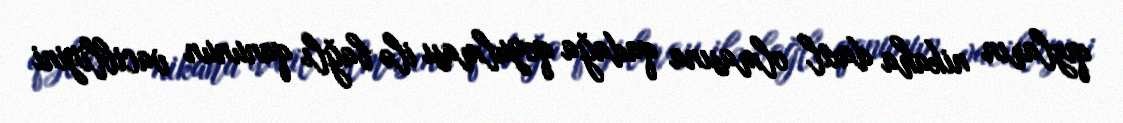
qızların nikaha daxil olmasına qadağa qoyulması ilə bağlı qanunun vacibliyini